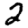
Digit: 2